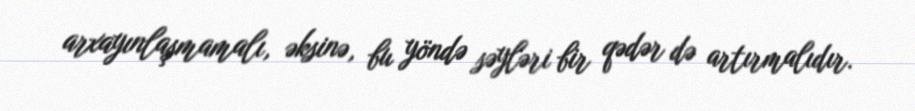
arxayınlaşmamalı, əksinə, bu yöndə səyləri bir qədər də artırmalıdır.